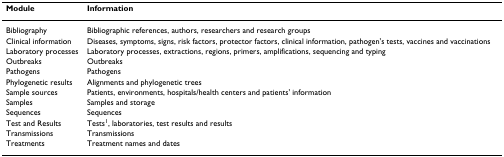
<table><thead><tr><td><b>Module</b></td><td><b>Information</b></td></tr></thead><tbody><tr><td>Bibliography</td><td>Bibliographic references, authors, researchers and research groups</td></tr><tr><td>Clinical information</td><td>Diseases, symptoms, signs, risk factors, protector factors, clinical information, pathogen&#x27;s tests, vaccines and vaccinations</td></tr><tr><td>Laboratory processes</td><td>Laboratory processes, extractions, regions, primers, amplifications, sequencing and typing</td></tr><tr><td>Outbreaks</td><td>Outbreaks</td></tr><tr><td>Pathogens</td><td>Pathogens</td></tr><tr><td>Phylogenetic results</td><td>Alignments and phylogenetic trees</td></tr><tr><td>Sample sources</td><td>Patients, environments, hospitals/health centers and patients&#x27; information</td></tr><tr><td>Samples</td><td>Samples and storage</td></tr><tr><td>Sequences</td><td>Sequences</td></tr><tr><td>Test and Results</td><td>Tests<sup>1</sup>, laboratories, test results and results</td></tr><tr><td>Transmissions</td><td>Transmissions</td></tr><tr><td>Treatments</td><td>Treatment names and dates</td></tr></tbody></table>